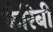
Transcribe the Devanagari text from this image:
कैरिबी